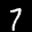
Label: 7